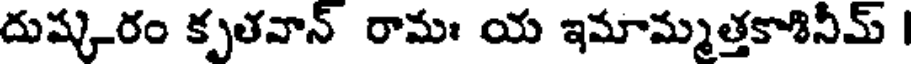
దుష్కరం కృతవాన్ రామః య ఇమామ్మత్తకాశినీమ్ |